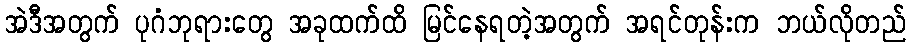
အဲဒီအတွက် ပုဂံဘုရားတွေ အခုထက်ထိ မြင်နေရတဲ့အတွက် အရင်တုန်းက ဘယ်လိုတည်